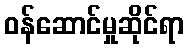
ဝန်ဆောင်မှုဆိုင်ရာ